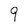
Character: 9